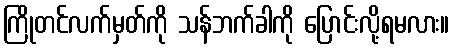
ကြိုတင်လက်မှတ်ကို သန်ဘက်ခါကို ပြောင်းလို့ရမလား။